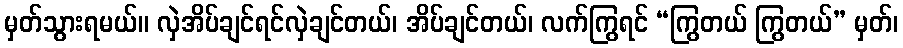
မှတ်သွားရမယ်။ လှဲအိပ်ချင်ရင်လှဲချင်တယ်၊ အိပ်ချင်တယ်၊ လက်ကြွရင် “ကြွတယ် ကြွတယ်” မှတ်၊